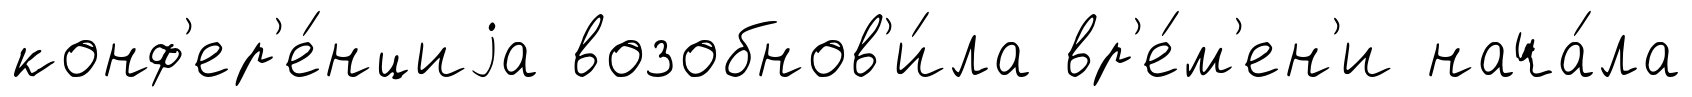
конф'ер'е́нциjа возобнов'и́ла вр'е́м'ен'и нача́ла